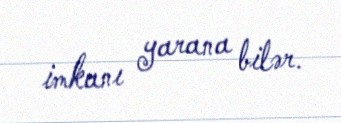
imkanı yarana bilər.